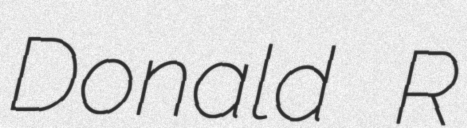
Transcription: Donald R